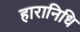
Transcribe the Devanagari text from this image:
हारानिधि